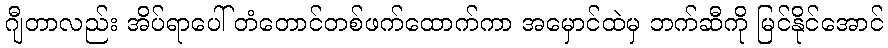
ဂျီတာလည်း အိပ်ရာပေါ် တံတောင်တစ်ဖက်ထောက်ကာ အမှောင်ထဲမှ ဘက်ဆီကို မြင်နိုင်အောင်